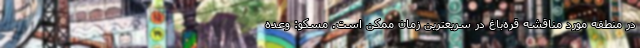
در منطقه مورد مناقشه قره‌باغ در سریعترین زمان ممکن است. مسکو: وعده